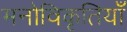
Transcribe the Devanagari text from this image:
मनोविकृतियाँ